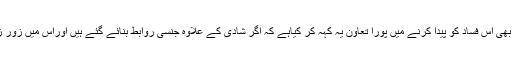
قانونی لحاظ سے ہمارے سپریم کورٹ نے بھی اس فساد کو پیدا کرنے میں پورا تعاون یہ کہہ کر کیاہے کہ اگر شادی کے علاوہ جنسی روابط بنائے گئے ہیں اوراس میں زور زبردستی نہیں ہوئی ہے تو یہ جرم نہیں ہے۔